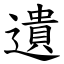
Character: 遺